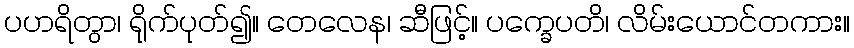
ပဟရိတွာ၊ ရိုက်ပုတ်၍။ တေလေန၊ ဆီဖြင့်။ ပက္ခေပတိ၊ လိမ်းယောင်တကား။